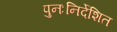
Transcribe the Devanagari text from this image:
पुनःनिर्देशित